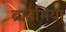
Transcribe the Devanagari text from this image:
ब्राउमिया